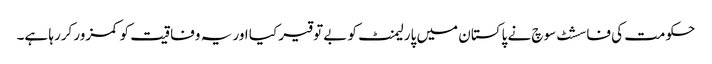
حکومت کی فاسشٹ سوچ نے پاکستان میں پارلیمنٹ کو بےتوقیر کیا اور یہ وفاقیت کو کمزور کررہا ہے۔